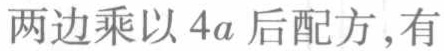
两边乘以 \(4a\) 后配方, 有